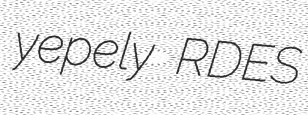
yepely RDES